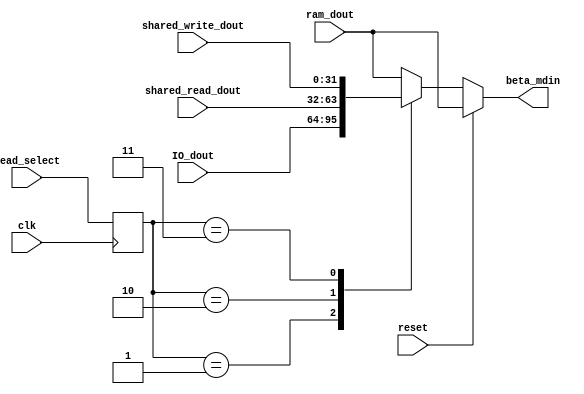
`timescale 1ns / 1ps
//////////////////////////////////////////////////////////////////////////////////
// Company: 
// Engineer: 
// 
// Design Name: 
// Module Name:    beta_read_decode 
// Project Name: 
// Target Devices: 
// Tool versions: 
// Description: 
//
// Dependencies: 
//
// Revision: 
// Revision 0.01 - File Created
// Additional Comments: 
//
//////////////////////////////////////////////////////////////////////////////////
module beta_read_decode(
	input wire clk,
	input wire reset,
	input wire [2:0] read_select, //need to pipeline
	input wire [31:0] ram_dout,
	input wire [31:0] IO_dout,
	input wire [31:0] shared_read_dout,
	input wire [31:0] shared_write_dout,
	output reg [31:0] beta_mdin = 0
    );

	reg [2:0] old_read_select = 0;
	
	always@(posedge clk)
	begin
	old_read_select <= read_select;
	end
	
	always@(*)
	begin
	
	if(reset)
	begin 
	beta_mdin <= ram_dout;
	end
	
	else
	begin
	case(old_read_select)
	
	0: begin //select ram
	beta_mdin <= ram_dout;
	end
	
	1: begin //select IO
	beta_mdin <= IO_dout; 
	end
	
	2: begin //select shared_read
	beta_mdin <= shared_read_dout;
	end
	
	3: begin //select shared write 
	beta_mdin <= shared_write_dout;
	end
	
	default : begin //this should not happen, select ram?
	beta_mdin <= ram_dout;
	end 
	endcase 
	end
	end

endmodule